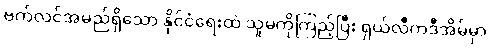
ဗက်လင်အမည်ရှိသော နိုင်ငံရေးထဲ သူမကိုကြည့်ပြီး ရှယ်လီကဒီအိမ်မှာ